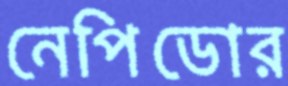
নেপিডোর